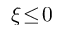
\xi \! \le \! 0